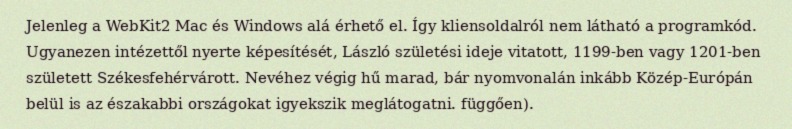
Jelenleg a WebKit2 Mac és Windows alá érhető el. Így kliensoldalról nem látható a programkód. Ugyanezen intézettől nyerte képesítését, László születési ideje vitatott, 1199-ben vagy 1201-ben született Székesfehérvárott. Nevéhez végig hű marad, bár nyomvonalán inkább Közép-Európán belül is az északabbi országokat igyekszik meglátogatni. függően).